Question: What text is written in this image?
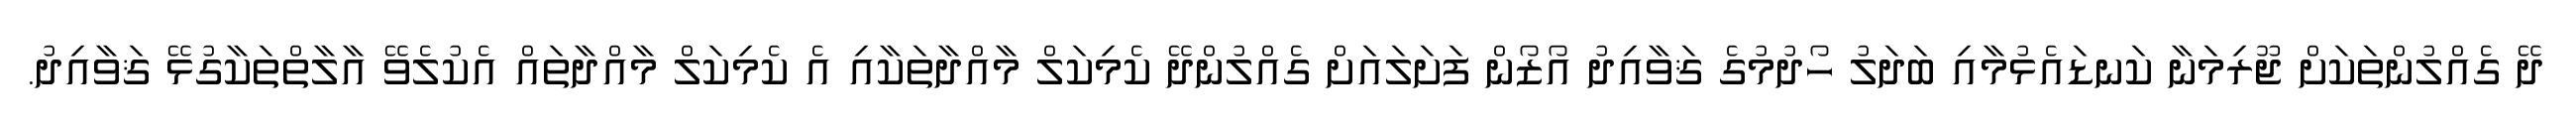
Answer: ދޭ ގެއްލުންތަކަށް ޖޫރިމަނާ ކަނޑައެޅުމާއި ބަދަލު ހޯދުމުގެ ޤަވާއިދު އޯޒޯން ފަށަލައަށް ގެއްލުންދޭ ކެމިކަލް މާއްދާތަކާއި އެ ކެމިކަލް މާއްދާތައް އެކުލެވޭ އާލާތްތަކާގުޅޭ ޤަވާއިދު.